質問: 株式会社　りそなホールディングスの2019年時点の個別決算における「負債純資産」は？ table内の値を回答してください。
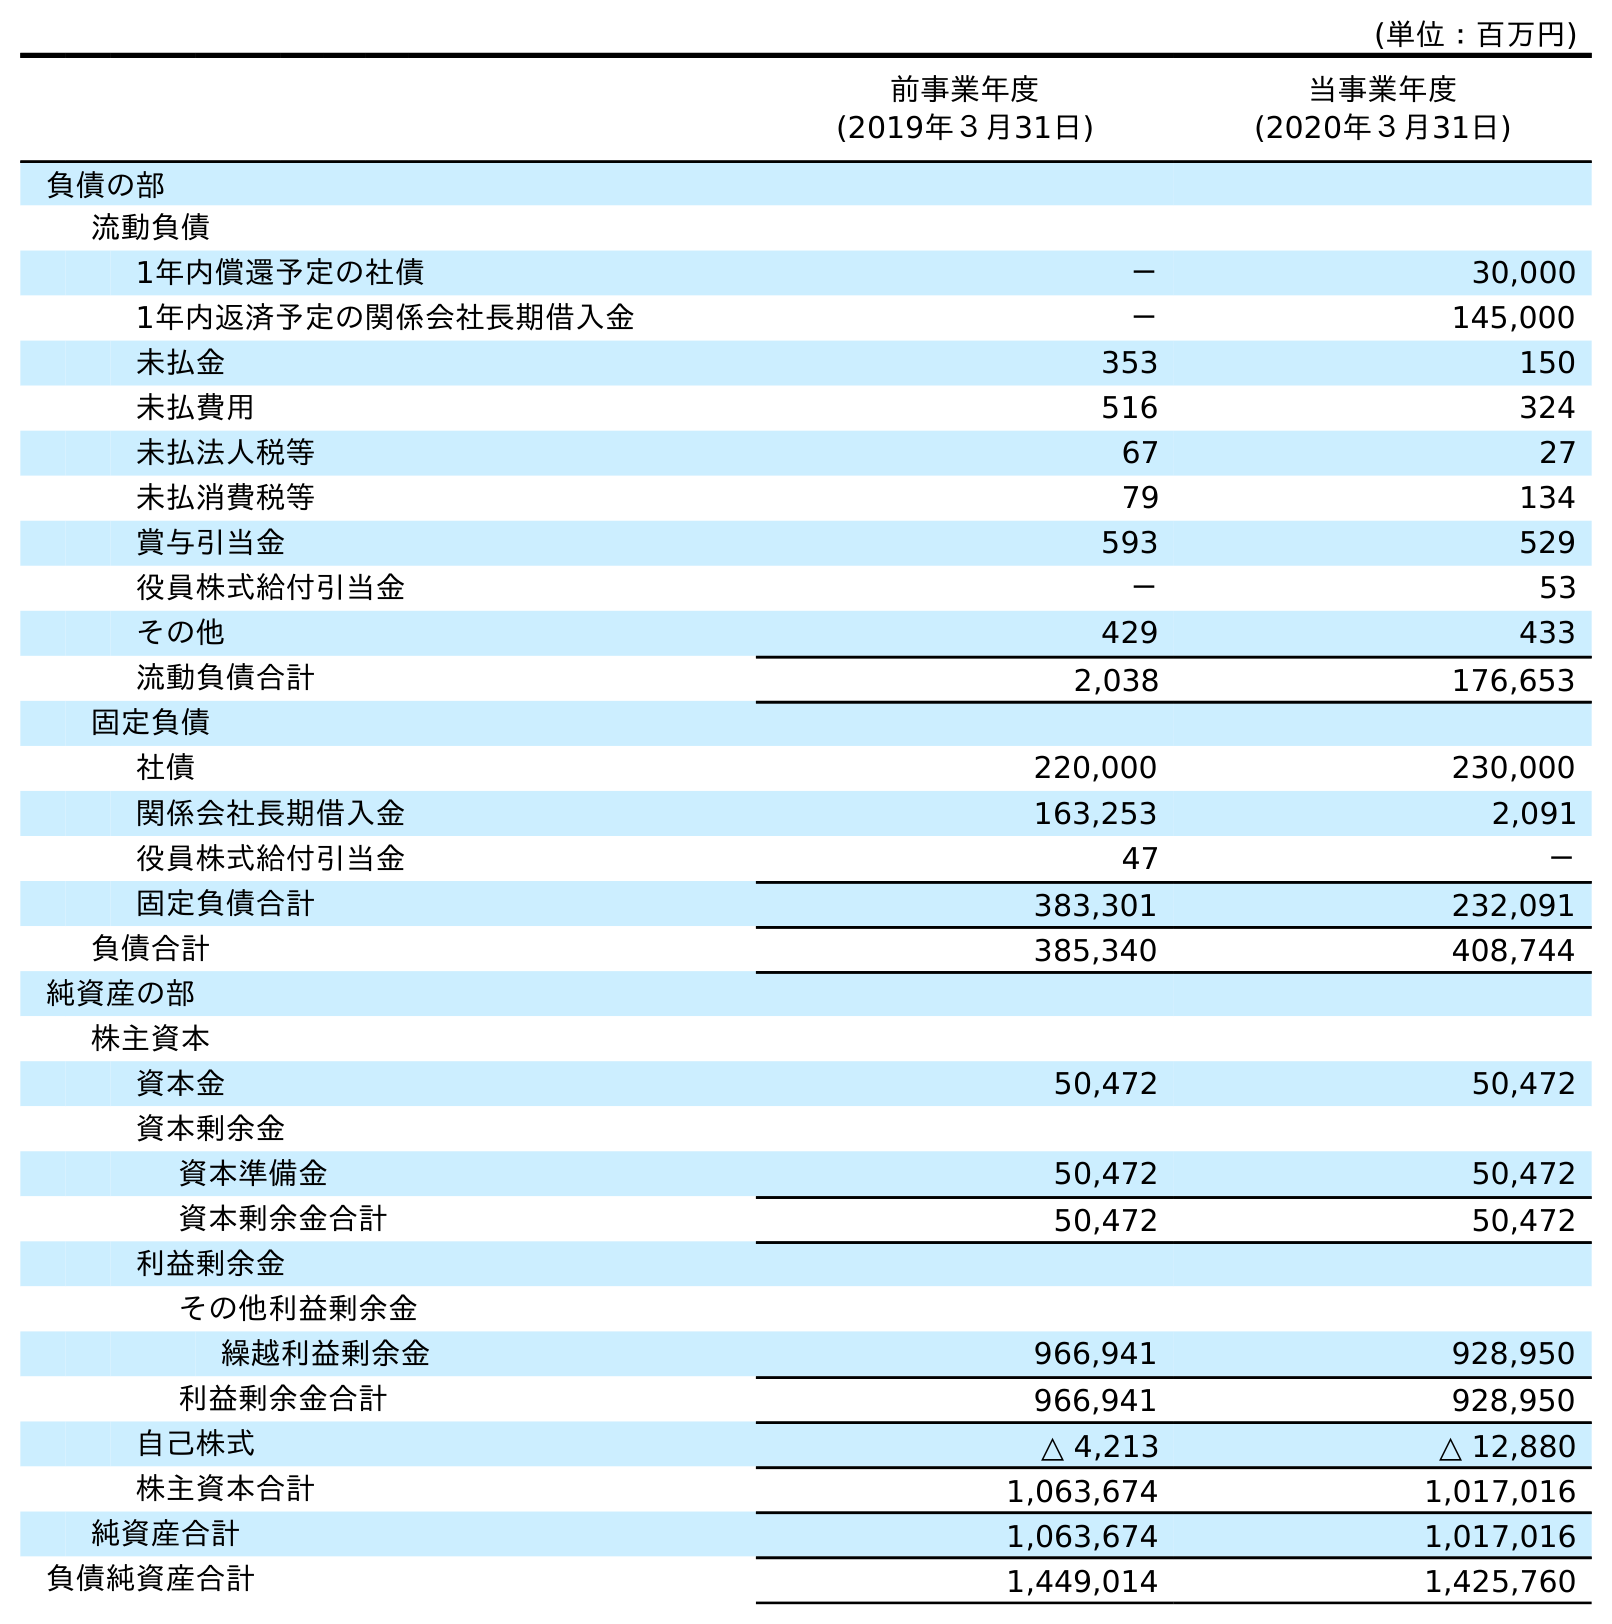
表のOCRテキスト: (単位：百万円) 前事業年度 (2019年３月31日) 当事業年度 (2020年３月31日) 負債の部 流動負債 1年内償還予定の社債 － 30,000 1年内返済予定の関係会社長期借入金 － 145,000 未払金 353 150 未払費用 516 324 未払法人税等 67 27 未払消費税等 79 134 賞与引当金 593 529 役員株式給付引当金 － 53 その他 429 433 流動負債合計 2,038 176,653 固定負債 社債 220,000 230,000 関係会社長期借入金 163,253 2,091 役員株式給付引当金 47 － 固定負債合計 383,301 232,091 負債合計 385,340 408,744 純資産の部 株主資本 資本金 50,472 50,472 資本剰余金 資本準備金 50,472 50,472 資本剰余金合計 50,472 50,472 利益剰余金 その他利益剰余金 繰越利益剰余金 966,941 928,950 利益剰余金合計 966,941 928,950 自己株式 △ 4,213 △ 12,880 株主資本合計 1,063,674 1,017,016 純資産合計 1,063,674 1,017,016 負債純資産合計 1,449,014 1,425,760
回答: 1,449,014